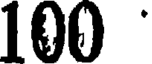
100